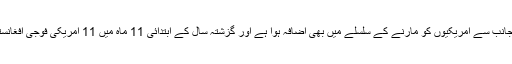
رپورٹ میں بتایا گیا ہے کہ امریکی فورسز کی جانب سے ان حملوں کے بعد باغیوں کی جانب سے امریکیوں کو مارنے کے سلسلے میں بھی اضافہ ہوا ہے اور گزشتہ سال کے ابتدائی 11 ماہ میں 11 امریکی فوجی افغانستان میں قتل کیے گئے ، جو 2015 اور 2016 کے اعداد و شمار کے مطابق دوگنی ہے۔